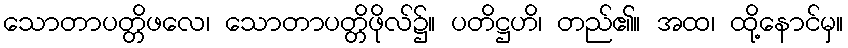
သောတာပတ္တိဖလေ၊ သောတာပတ္တိဖိုလ်၌။ ပတိဋ္ဌဟိ၊ တည်၏။ အထ၊ ထို့နောင်မှ။